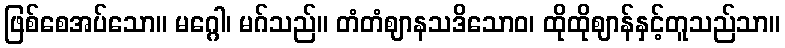
ဖြစ်စေအပ်သော။ မဂ္ဂေါ၊ မဂ်သည်။ တံတံဈာနသဒိသောဝ၊ ထိုထိုဈာန်နှင့်တူသည်သာ။